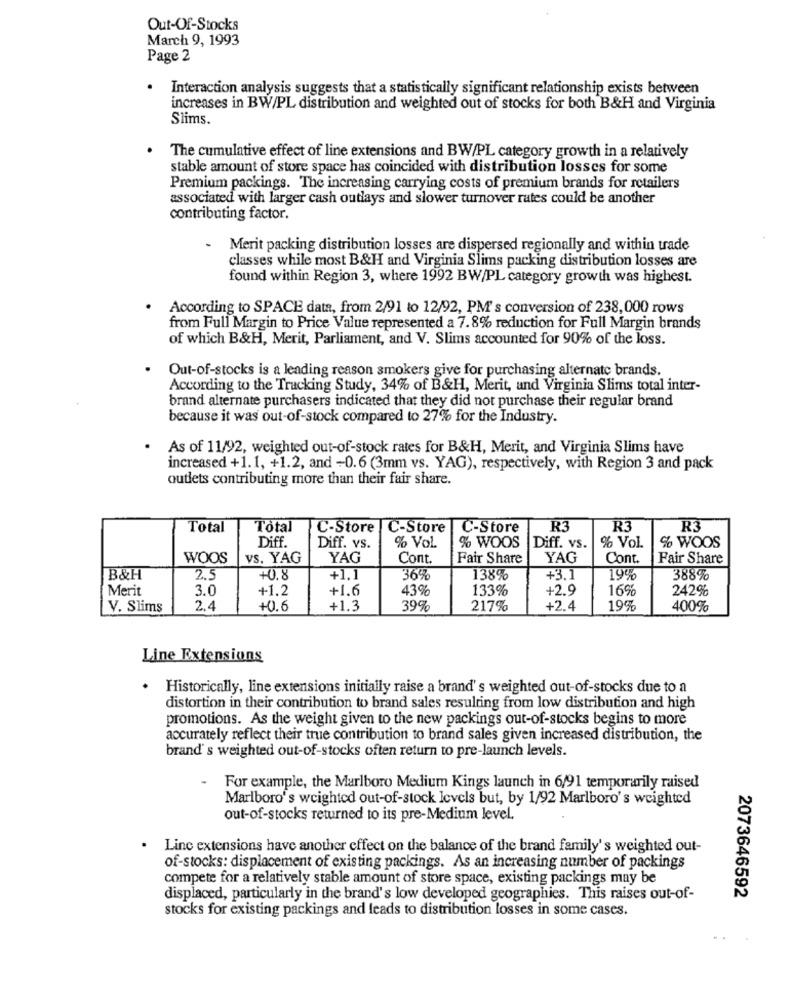
Out-Of-Stocks
March 9, 1993
Page 2
Interaction analysis suggests that a statistically significant relationship exists between
increases in BW/PL distribution and weighted out of stocks for both B&H and Virginia
Slims.
The cumulative effect of line extensions and BW/PL category growth in a relatively
stable amount of store space has coincided with distribution losses for some
Premium packings. The increasing carrying costs of premium brands for retailers
associated with larger cash outlays and slower turnover rates could be another
contributing factor.
Merit packing distribution losses are dispersed regionally and within trade
classes while most B&H and Virginia Slims packing distribution losses are
found within Region 3, where 1992 BW/PL category growth was highest.
According to SPACE data, from 2/91 to 12/92, PM's conversion of 238,000 rows
from Full Margin to Price Value represented a 7.8% reduction for Full Margin brands
of which B&H, Merit, Parliament, and V. Slims accounted for 90% of the loss.
.
Out-of-stocks is a leading reason smokers give for purchasing alternate brands.
According to the Tracking Study, 34% of B&H, Merit, and Virginia Slims total inter-
brand alternate purchasers indicated that they did not purchase their regular brand
because it was out-of-stock compared to 27% for the Industry.
As of 11/92, weighted out-of-stock rates for B&H, Merit, and Virginia Slims have
increased +1.1, +1.2, and -0.6 (3mm vs. YAG), respectively, with Region 3 and pack
outlets contributing more than their fair share.
Total
Total
C-Store
C-Store
C-Store
R3
R3
R3
Diff.
Diff. vs.
% Vol.
% WOOS
Diff. vs.
% Vol.
% WOOS
WOOS
vs. YAG
YAG
Cont.
Fair Share
YAG
Cont.
Fair Share
B&H
2.5
+0.8
+1.1
36%
138%
+3.1
19%
388%
Merit
3.0
+1.2
+1.6
43%
133%
+2.9
16%
242%
V. Slims
2.4
+0.6
+1.3
39%
217%
+2.4
19%
400%
Line Extensions
Historically, line extensions initially raise a brand's weighted out-of-stocks due to a
distortion in their contribution to brand sales resulting from low distribution and high
promotions. As the weight given to the new packings out-of-stocks begins to more
accurately reflect their true contribution to brand sales given increased distribution, the
brand's weighted out-of-stocks often return to pre-launch levels.
- For example, the Marlboro Medium Kings launch in 6/91 temporarily raised
Marlboro's weighted out-of-stock levels but, by 1/92 Marlboro's weighted
out-of-stocks returned to its pre-Medium level.
. Linc extensions have another effect on the balance of the brand family's weighted out-
of-stocks: displacement of existing packings. As an increasing number of packings
compete for a relatively stable amount of store space, existing packings may be
displaced, particularly in the brand's low developed geographies. This raises out-of-
2073646592
stocks for existing packings and leads to distribution losses in some cases.